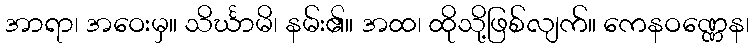
အာရာ၊ အဝေးမှ။ သိင်္ဃာမိ၊ နမ်း၏။ အထ၊ ထိုသို့ဖြစ်လျက်။ ကေနဝဏ္ဏေန၊